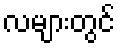
လများတွင်